Civil Veterinary Dept. Bombay admin report 1932-41 - 1932-1941
Year: 1932
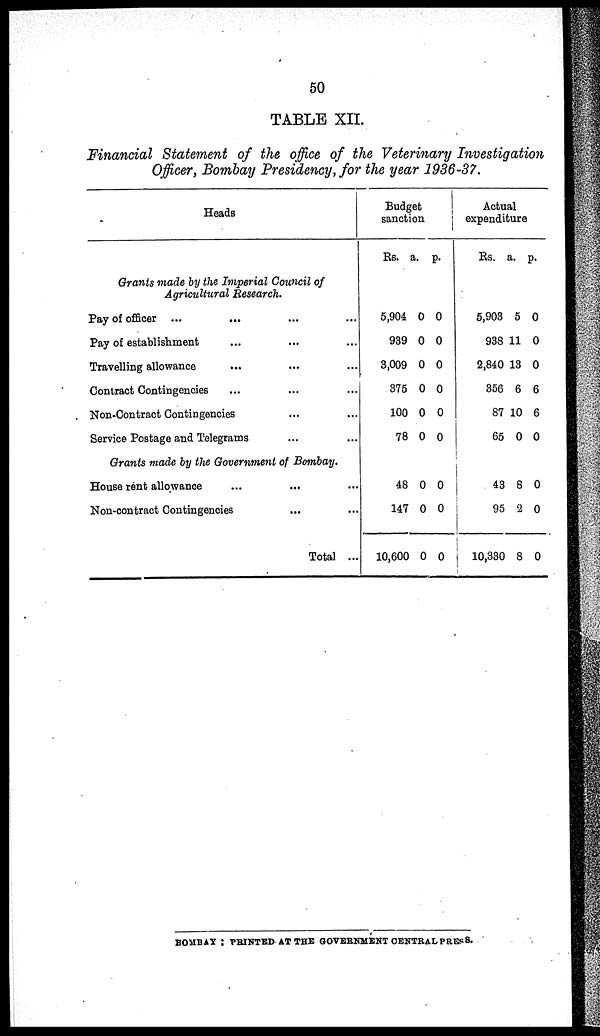
50
TABLE XII.
Financial Statement of the office of the Veterinary Investigation
Officer, Bombay Presidency, for the year 1936-37.
Heads
Grants made by the Imperial Council of
Agricultural Research.
Pay of officer ... ... ... ...
Pay of establishment ... ... ...
Travelling allowance ... ... ...
Contract Contingencies ... ... ...
Non-Contract Contingencies ... ...
Service Postage and Telegrams ... ...
Grants made by the Government of Bombay.
House rent allowance ... ... ...
Non-contract Contingencies ... ...
Total ...
Budget
sanction
Rs.
5,904
939
3,009
375
100
78
48
147
10,600
a.
0
0
0
0
0
0
0
0
0
p.
0
0
0
0
0
0
0
0
0
Actual
expenditure
Rs.
5,903
938
2,840
356
87
65
43
95
10,330
a.
5
11
13
6
10
0
8
2
8
p.
0
0
0
6
6
0
0
0
0
BOMBAY: PRINTED AT THE GOVERNMENT CENTRAL PRESS.